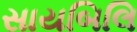
સાયબિલિ